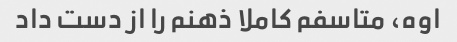
اوه، متاسفم کاملا ذهنم را از دست داد